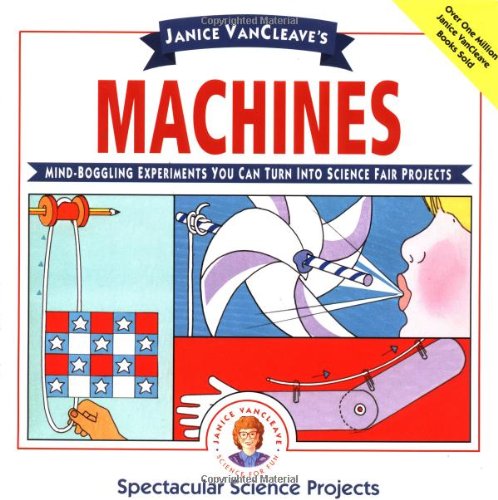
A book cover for Janice VanCleave's Machines: Mind-boggling Experiments You Can Turn Into Science Fair Projects; Janice VanCleave; Children's Books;